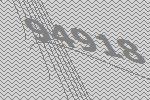
94918